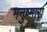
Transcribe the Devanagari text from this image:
मनुष्मारा